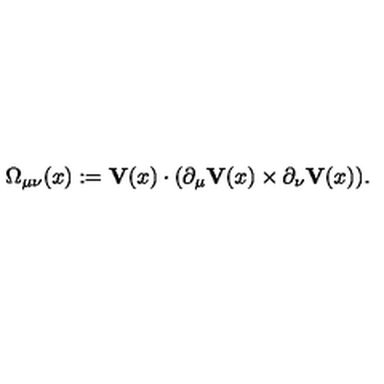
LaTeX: \Omega _ { \mu \nu } ( x ) : = { \bf V } ( x ) \cdot ( \partial _ { \mu } { \bf V } ( x ) \times \partial _ { \nu } { \bf V } ( x ) ) .